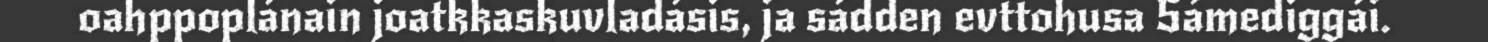
oahppoplánain joatkkaskuvladásis, ja sádden evttohusa Sámediggái.